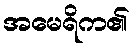
အမေရိက၏